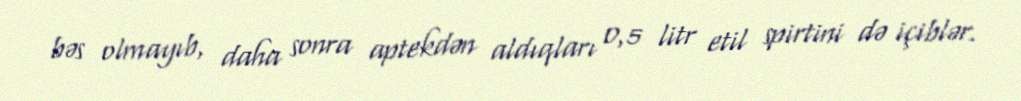
bəs olmayıb, daha sonra aptekdən aldıqları 0,5 litr etil spirtini də içiblər.